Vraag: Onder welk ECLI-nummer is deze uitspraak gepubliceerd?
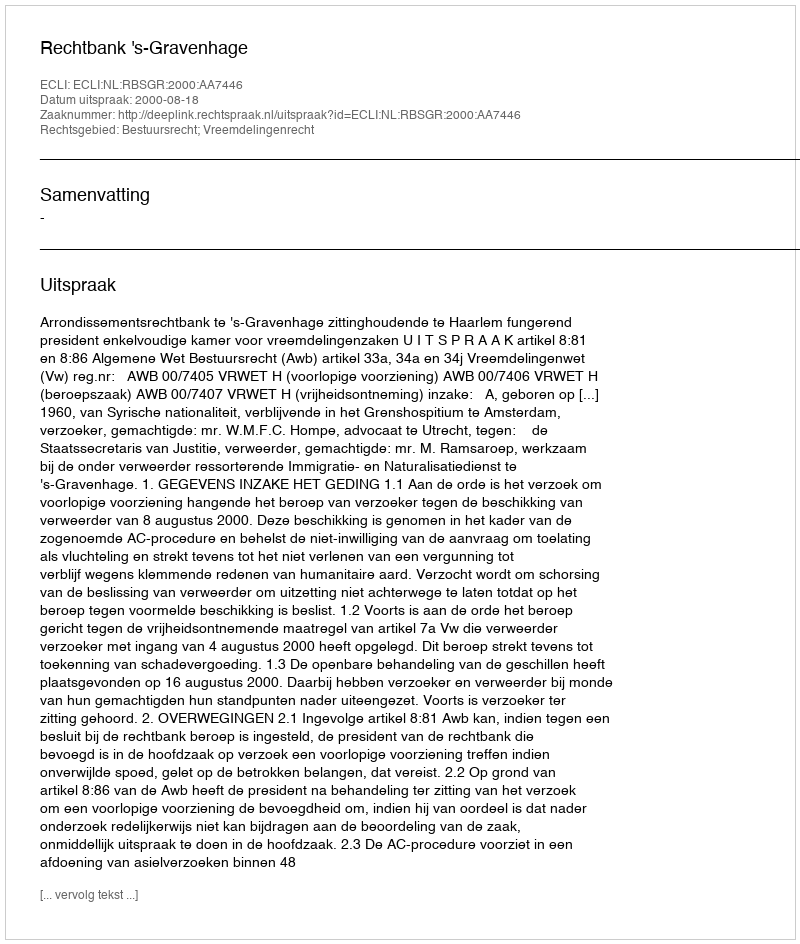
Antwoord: ECLI:NL:RBSGR:2000:AA7446